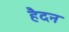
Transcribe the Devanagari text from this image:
हैदन